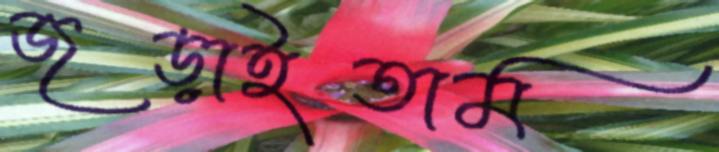
জড়াইতাম